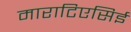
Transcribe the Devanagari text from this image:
माराटिएसिई